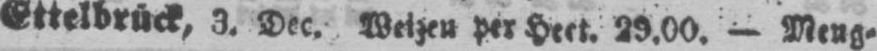
Ettelbrück, 3. Dec. Weizen per Hect. 29.00. - Meng⸗